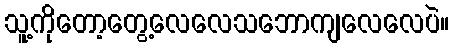
သူ့ကိုတော့တွေ့လေလေသဘောကျလေလေပဲ။